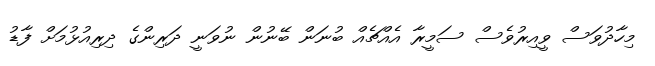
މިހާދުވަސް ވީއިރުވެސް ސަމީރާ އެއްޗެއް ބުނަން ބޭނުން ނުވަނީ ދަރިންގެ ދިރިއުޅުމަށް ފާޑު